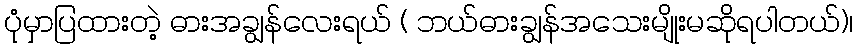
ပုံမှာပြထားတဲ့ ဓားအချွန်လေးရယ် ( ဘယ်ဓားချွန်အသေးမျိုးမဆိုရပါတယ်)၊